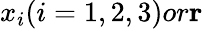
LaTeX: x_{i}(i=1,2,3)or{\mathbf r}